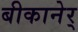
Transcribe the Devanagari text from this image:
बीकानेर्